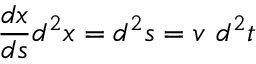
{ \frac { d x } { d s } } d ^ { 2 } x = d ^ { 2 } s = v \ d ^ { 2 } t